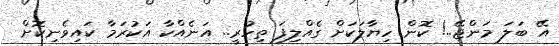
އޭ ބަލަ މަންޖޭ..! ކޮން ހިޔާލަކަށް ގެއްލިފަ ތިހުރީ.. އަނެއްކާ އަކުރަމާ ކައިވެނިކޮށް